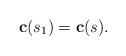
LaTeX: \begin{align*}\bold{c}(s_{1}) = \bold{c}(s).\end{align*}